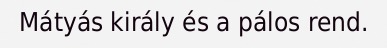
Mátyás király és a pálos rend.